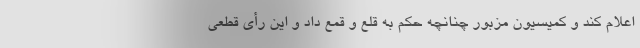
اعلام کند و کمیسیون مزبور چنانچه حکم به قلع و قمع داد و این رأی قطعی